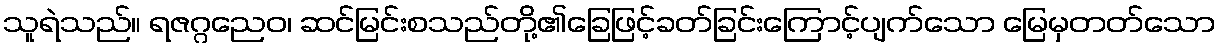
သူရဲသည်။ ရဇဂ္ဂညေဝ၊ ဆင်မြင်းစသည်တို့၏ခြေဖြင့်ခတ်ခြင်းကြောင့်ပျက်သော မြေမှတတ်သော